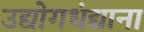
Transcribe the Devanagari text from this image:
उद्योगधंद्याना